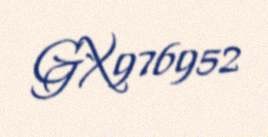
GX976952